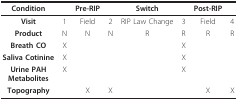
<table><thead><tr><td><b>Condition</b></td><td></td><td><b>Pre-RIP</b></td><td></td><td><b>Switch</b></td><td></td><td><b>Post-RIP</b></td><td></td></tr></thead><tbody><tr><td><b>Visit</b></td><td>1</td><td>Field</td><td>2</td><td>RIP Law Change</td><td>3</td><td>Field</td><td>4</td></tr><tr><td><b>Product</b></td><td>N</td><td>N</td><td>N</td><td>R</td><td>R</td><td>R</td><td>R</td></tr><tr><td><b>Breath CO</b></td><td>X</td><td></td><td></td><td></td><td>X</td><td></td><td></td></tr><tr><td><b>Saliva Cotinine</b></td><td>X</td><td></td><td></td><td></td><td>X</td><td></td><td></td></tr><tr><td><b>Urine PAH</b><b>Metabolites</b></td><td>X</td><td></td><td></td><td></td><td>X</td><td></td><td></td></tr><tr><td><b>Topography</b></td><td></td><td>X</td><td>X</td><td></td><td></td><td>X</td><td>X</td></tr></tbody></table>